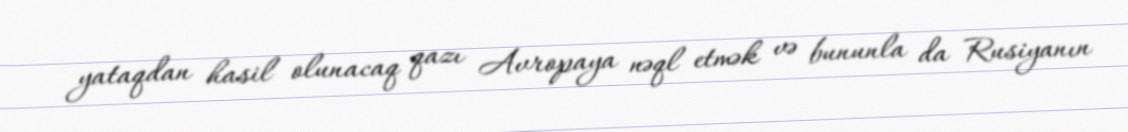
yataqdan hasil olunacaq qazı Avropaya nəql etmək və bununla da Rusiyanın